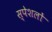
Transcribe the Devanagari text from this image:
स्पेशलों